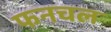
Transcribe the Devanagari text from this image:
फनचल